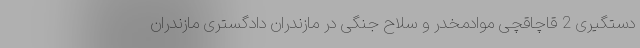
دستگیری 2 قاچاقچی موادمخدر و سلاح جنگی در مازندران دادگستری مازندران